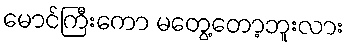
မောင်ကြီးကော မတွေ့တော့ဘူးလား